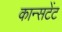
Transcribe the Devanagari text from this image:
कान्सटेंट